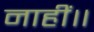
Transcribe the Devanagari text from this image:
नाहीं॥